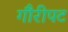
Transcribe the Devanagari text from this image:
गौरीपट